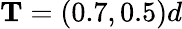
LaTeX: \mathbf{T}=(0.7,0.5)d